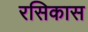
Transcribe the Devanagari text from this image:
रसिकास